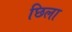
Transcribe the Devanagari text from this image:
छिला